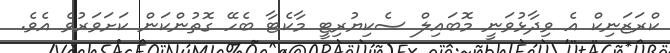
ކްރަޒަނިކް އެ ވިދާޅުވަނީ މޮބައިލް ސެކިޔުރިޓީ މާކެޓާ ބެހޭ ގޮތުންކަން ކަށަވަރުވެ އެވެ.